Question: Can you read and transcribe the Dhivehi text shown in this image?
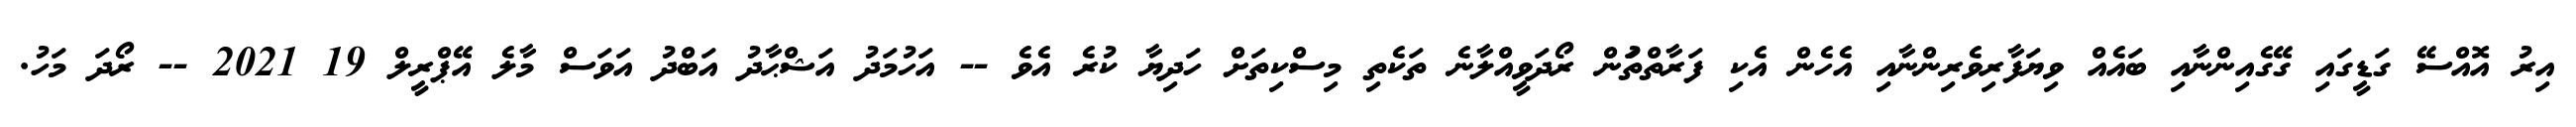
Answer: އިރު އޮއްސޭ ގަޑީގައި ގޭގެއިންނާއި ބައެއް ވިޔަފާރިވެރިންނާއި އެހެން އެކި ފަރާތްތަުން ރޯދަވީއްލާނެ ތަކެތި މިސްކިތަށް ހަދިޔާ ކުރެ އެވެ -- އަހުމަދު އަޝްޙާދު އަބްދު އަވަސް މާލެ އޭޕްރީލް 19 2021 -- ރޯދަ މަހު.